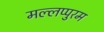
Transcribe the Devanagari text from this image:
मल्लप्पुरम